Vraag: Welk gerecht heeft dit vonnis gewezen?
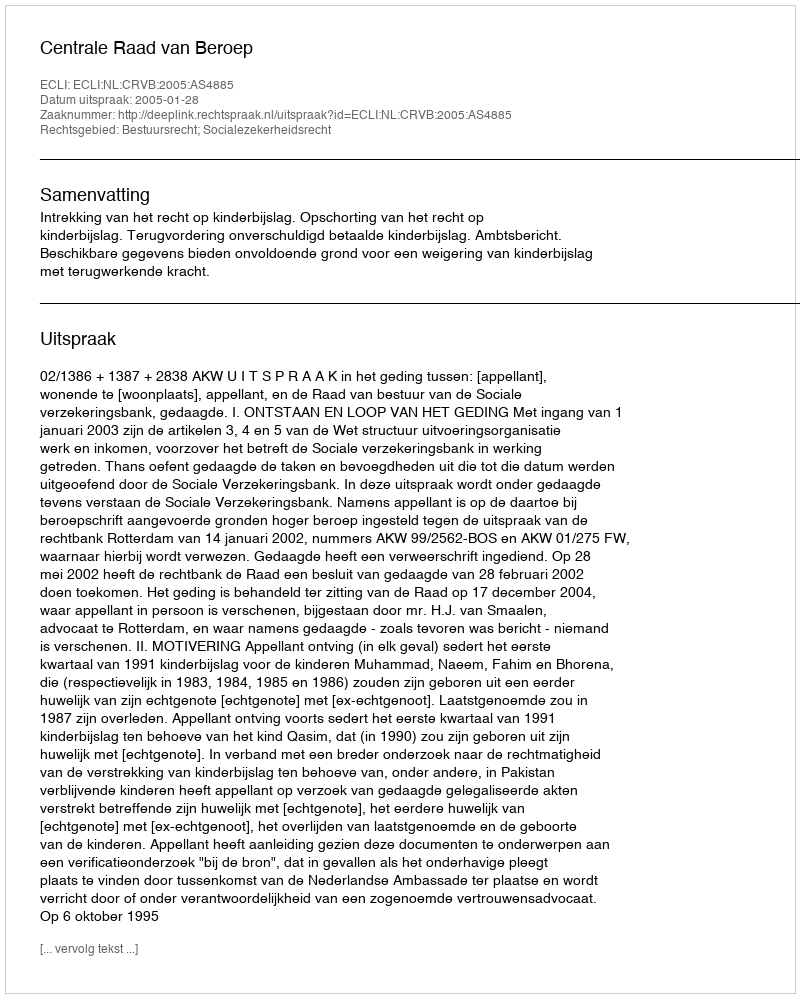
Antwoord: Centrale Raad van Beroep